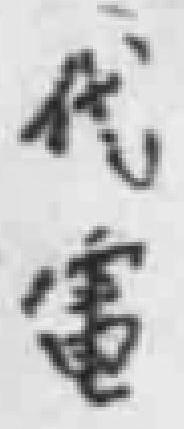
代電